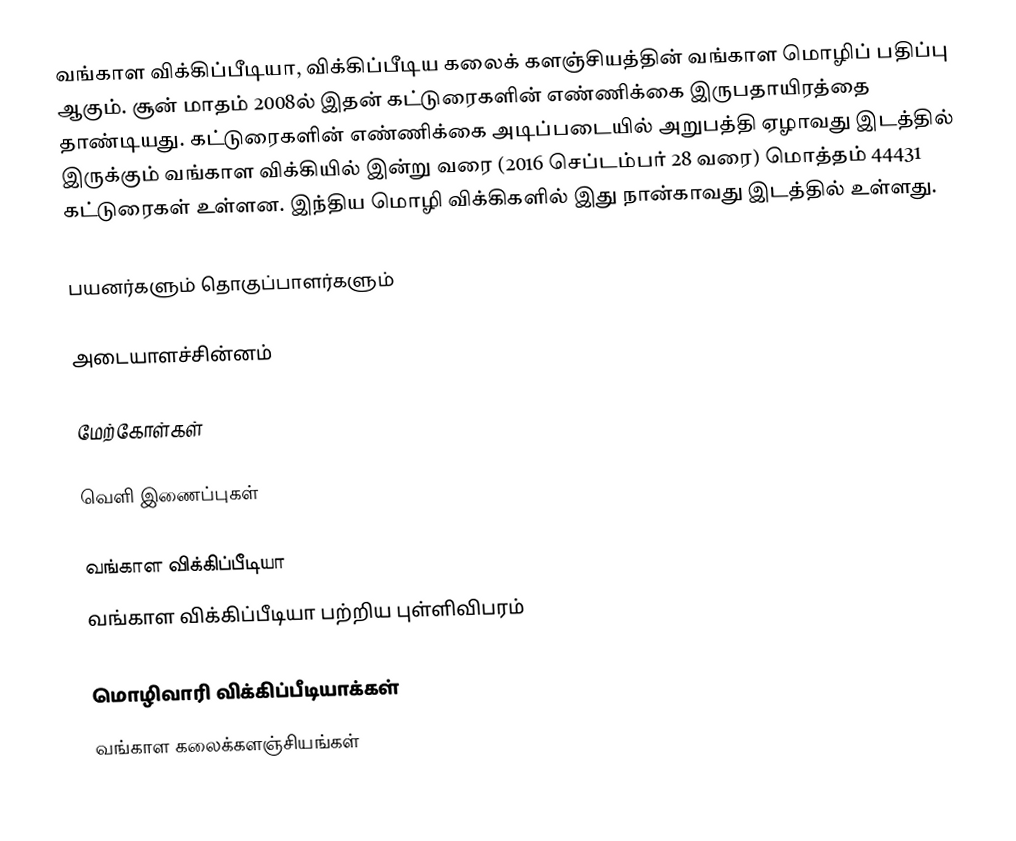
வங்காள விக்கிப்பீடியா, விக்கிப்பீடிய கலைக் களஞ்சியத்தின் வங்காள மொழிப் பதிப்பு ஆகும். சூன் மாதம் 2008ல் இதன் கட்டுரைகளின் எண்ணிக்கை இருபதாயிரத்தை தாண்டியது. கட்டுரைகளின் எண்ணிக்கை அடிப்படையில் அறுபத்தி ஏழாவது இடத்தில் இருக்கும் வங்காள விக்கியில் இன்று வரை (2016 செப்டம்பர் 28 வரை) மொத்தம் 44431 கட்டுரைகள் உள்ளன. இந்திய மொழி விக்கிகளில் இது  நான்காவது இடத்தில் உள்ளது.

பயனர்களும் தொகுப்பாளர்களும்

அடையாளச்சின்னம்

மேற்கோள்கள்

வெளி இணைப்புகள்

வங்காள விக்கிப்பீடியா
வங்காள விக்கிப்பீடியா பற்றிய புள்ளிவிபரம்

மொழிவாரி விக்கிப்பீடியாக்கள்
வங்காள கலைக்களஞ்சியங்கள்